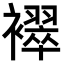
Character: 𬡳